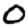
Digit: 0